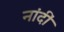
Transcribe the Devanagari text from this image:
नांदीं